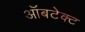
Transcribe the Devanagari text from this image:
ऑबटेक्ट